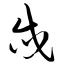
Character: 忒